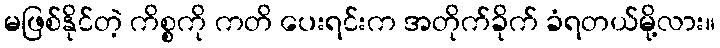
မဖြစ်နိုင်တဲ့ ကိစ္စကို ကတိ ပေးရင်းက အတိုက်ခိုက် ခံရတယ်မို့လား။